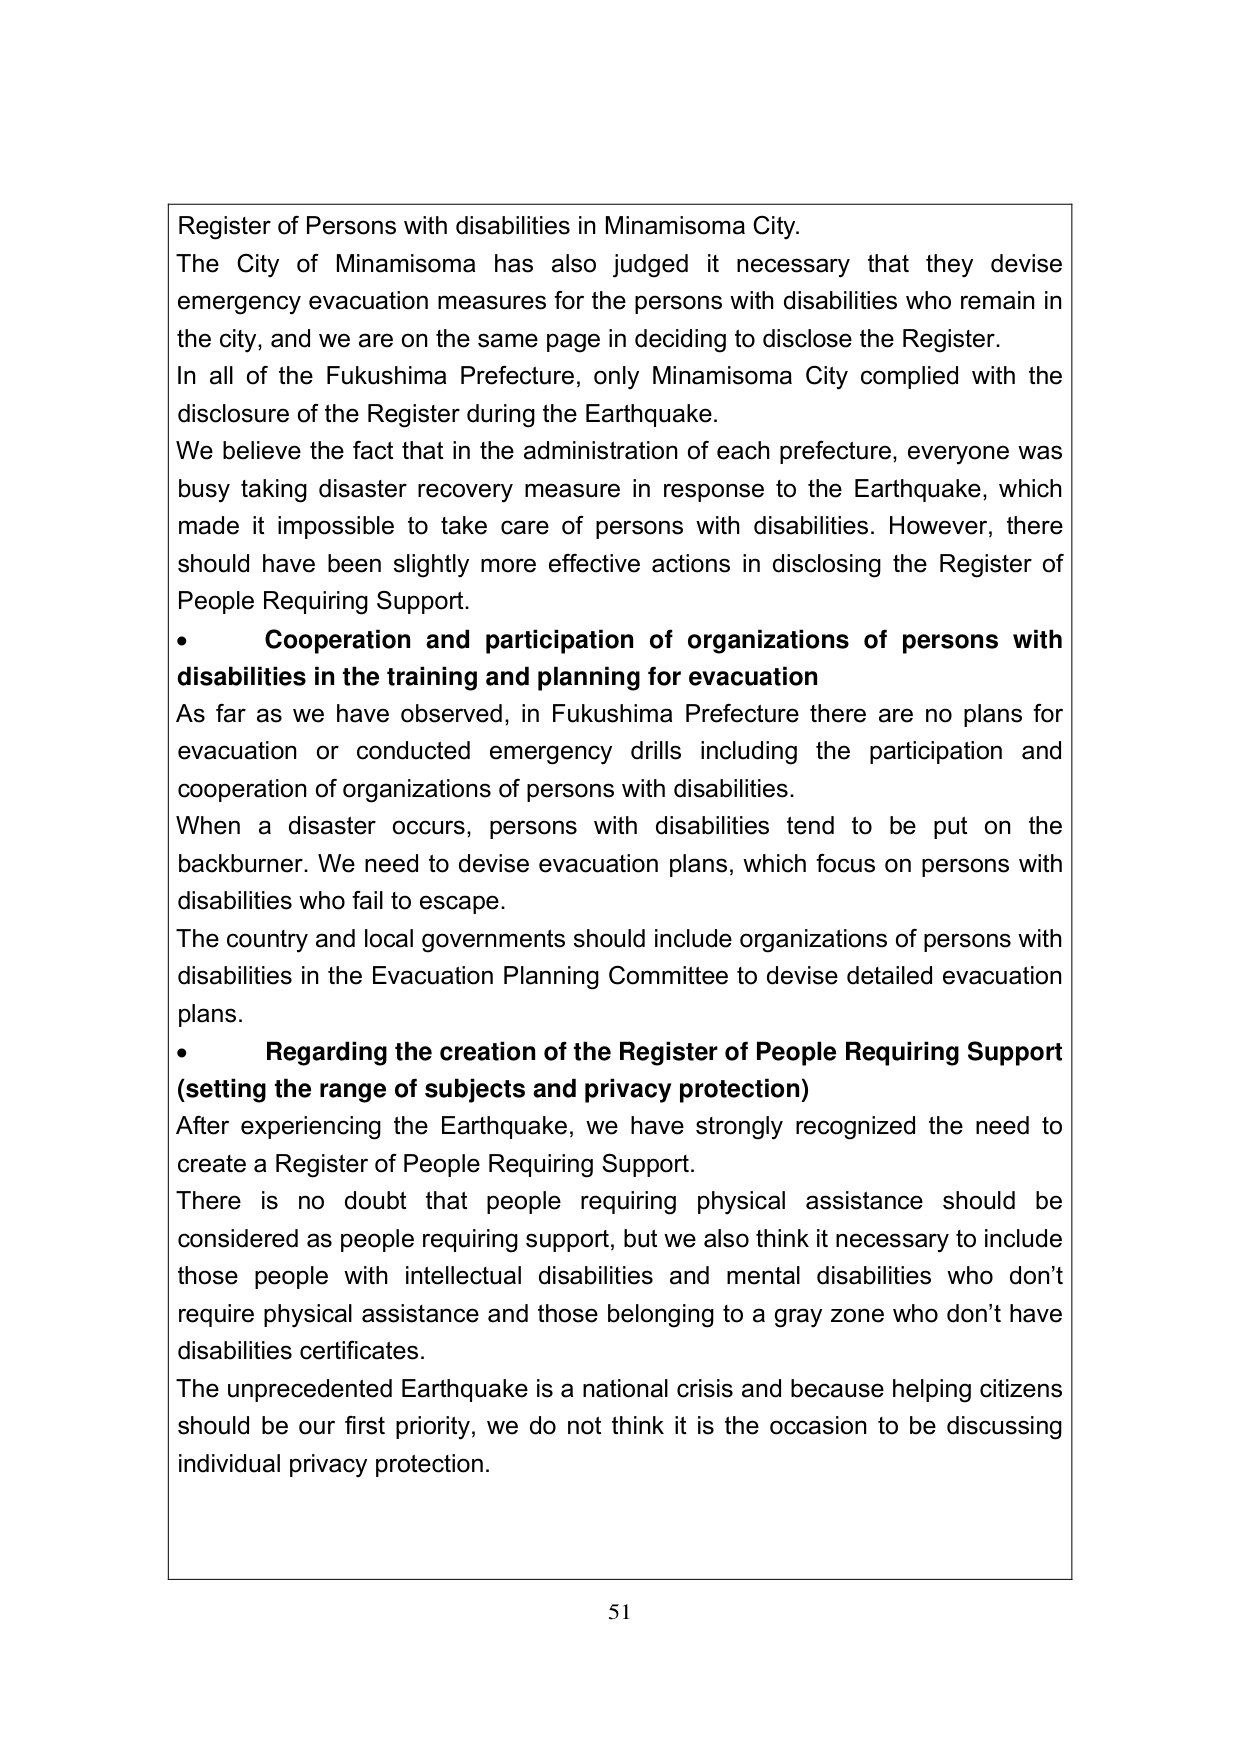
Register of Persons with disabilities in Minamisoma City.
The City of Minamisoma has also judged it necessary that they devise emergency evacuation measures for the persons with disabilities who remain in the city, and we are on the same page in deciding to disclose the Register.
In all of the Fukushima Prefecture, only Minamisoma City complied with the disclosure of the Register during the Earthquake.
We believe the fact that in the administration of each prefecture, everyone was busy taking disaster recovery measure in response to the Earthquake, which made it impossible to take care of persons with disabilities. However, there should have been slightly more effective actions in disclosing the Register of People Requiring Support.
• Cooperation and participation of organizations of persons with disabilities in the training and planning for evacuation
As far as we have observed, in Fukushima Prefecture there are no plans for evacuation or conducted emergency drills including the participation and cooperation of organizations of persons with disabilities.
When a disaster occurs, persons with disabilities tend to be put on the backburner. We need to devise evacuation plans, which focus on persons with disabilities who fail to escape.
The country and local governments should include organizations of persons with disabilities in the Evacuation Planning Committee to devise detailed evacuation plans.
• Regarding the creation of the Register of People Requiring Support (setting the range of subjects and privacy protection)
After experiencing the Earthquake, we have strongly recognized the need to create a Register of People Requiring Support.
There is no doubt that people requiring physical assistance should be considered as people requiring support, but we also think it necessary to include those people with intellectual disabilities and mental disabilities who don't require physical assistance and those belonging to a gray zone who don't have disabilities certificates.
The unprecedented Earthquake is a national crisis and because helping citizens should be our first priority, we do not think it is the occasion to be discussing individual privacy protection.
51